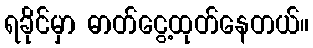
ရခိုင်မှာ ဓာတ်ငွေ့ထုတ်နေတယ်။